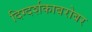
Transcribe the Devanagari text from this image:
दिग्दर्शकाबरोबर